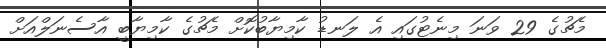
މެޗުގެ 29 ވަނަ މިނެޓުގައި އެ ލަނޑު ކާމިޔާބުކޮށް މެޗުގެ ކާމިޔާބީ އާސެނަލްއަށް